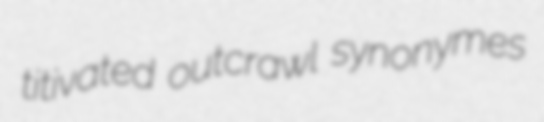
titivated outcrawl synonymes